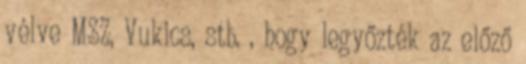
vélve MSZ, Vukics, stb. , hogy legyőzték az előző